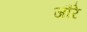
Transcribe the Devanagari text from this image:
जौरे